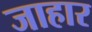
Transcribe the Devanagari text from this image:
जाहार